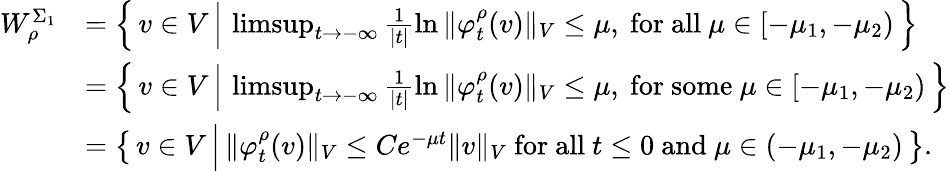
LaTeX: \begin{array}{rl}{W_{\rho}^{\Sigma_{1}}}&{=\left\{ \, v\in V\, \Big\vert\, \operatorname*{limsup}_{t\to-\infty}\frac{1}{|t|}\ln{\Vert\varphi_{t}^{\rho}(v)\Vert_{V}}\leq\mu,\mathrm{~for~all~}\mu\in[-\mu_{1},-\mu_{2})\, \right\} }\\ &{=\left\{ \, v\in V\, \Big\vert\, \operatorname*{limsup}_{t\to-\infty}\frac{1}{|t|}\ln{\Vert\varphi_{t}^{\rho}(v)\Vert_{V}}\leq\mu,\mathrm{~for~some~}\mu\in[-\mu_{1},-\mu_{2})\, \right\} }\\ &{=\left\{ \, v\in V\, \Big\vert\, \Vert\varphi_{t}^{\rho}(v)\Vert_{V}\leq Ce^{-\mu t}\Vert v\Vert_{V}\mathrm{~for~all~}t\leq 0\mathrm{~and~}\mu\in(-\mu_{1},-\mu_{2})\, \right\} .}\end{array}